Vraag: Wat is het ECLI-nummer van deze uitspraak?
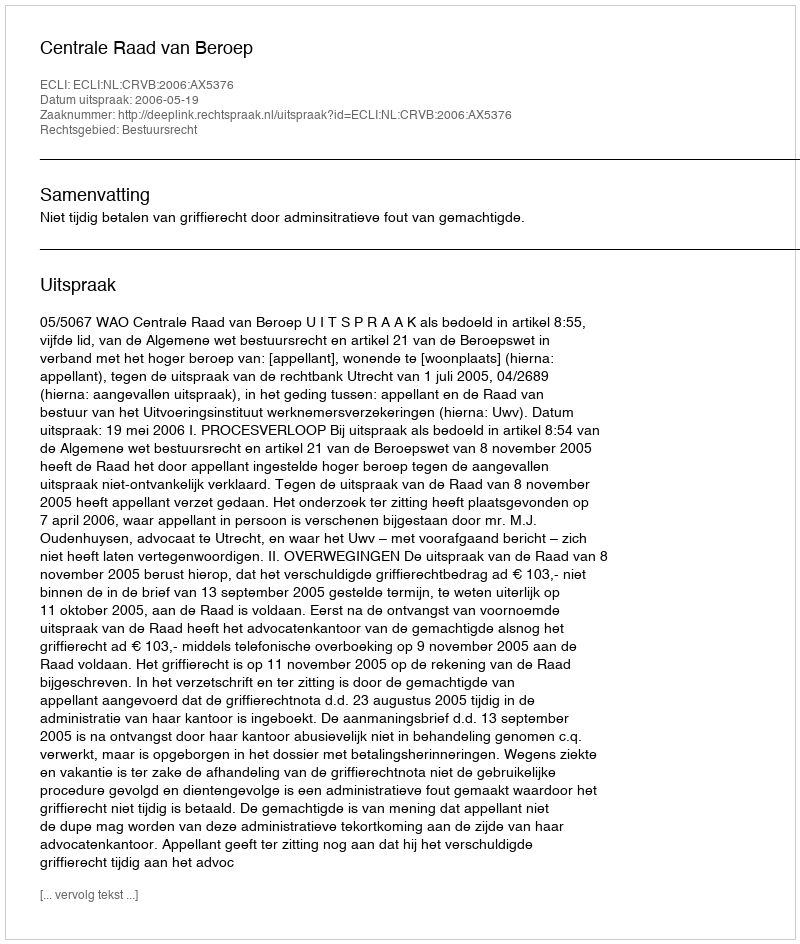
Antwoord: ECLI:NL:CRVB:2006:AX5376